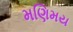
મણિમય